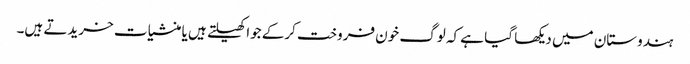
ہندوستان میں دیکھا گیا ہے کہ لوگ خون فروخت کرکے جوا کھیلتے ہیں یا منشیات خریدتے ہیں۔